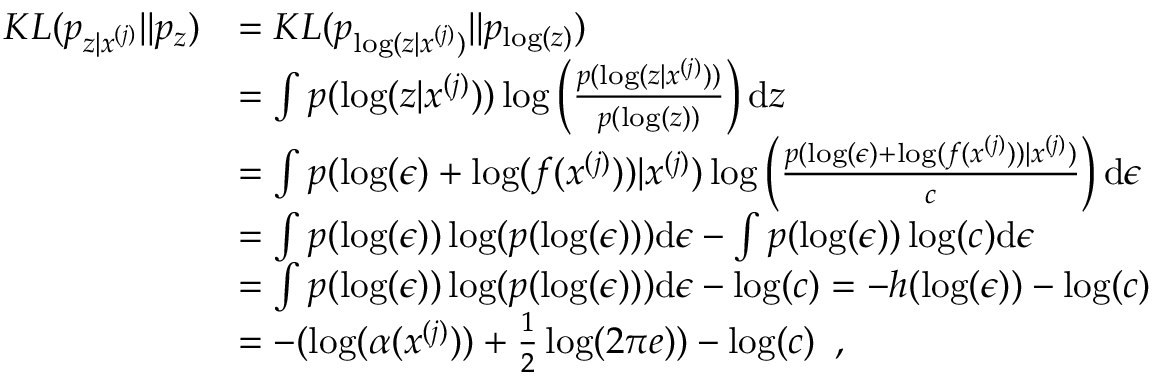
\begin{array} { r l } { K L ( p _ { z | x ^ { ( j ) } } | | p _ { z } ) } & { = K L ( p _ { \log ( z | x ^ { ( j ) } ) } | | p _ { \log ( z ) } ) } \\ & { = \int p ( \log ( z | x ^ { ( j ) } ) ) \log \left( \frac { p ( \log ( z | x ^ { ( j ) } ) ) } { p ( \log ( z ) ) } \right) \mathrm { d } z } \\ & { = \int p ( \log ( \epsilon ) + \log ( f ( x ^ { ( j ) } ) ) | x ^ { ( j ) } ) \log \left( \frac { p ( \log ( \epsilon ) + \log ( f ( x ^ { ( j ) } ) ) | x ^ { ( j ) } ) } { c } \right) \mathrm { d } \epsilon } \\ & { = \int p ( \log ( \epsilon ) ) \log ( p ( \log ( \epsilon ) ) ) \mathrm { d } \epsilon - \int p ( \log ( \epsilon ) ) \log ( c ) \mathrm { d } \epsilon } \\ & { = \int p ( \log ( \epsilon ) ) \log ( p ( \log ( \epsilon ) ) ) \mathrm { d } \epsilon - \log ( c ) = - h ( \log ( \epsilon ) ) - \log ( c ) } \\ & { = - ( \log ( \alpha ( x ^ { ( j ) } ) ) + \frac { 1 } { 2 } \log ( 2 \pi e ) ) - \log ( c ) \enspace , } \end{array}